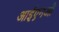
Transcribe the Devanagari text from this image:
आईएनओ